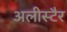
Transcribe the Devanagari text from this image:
अलीस्टैर